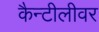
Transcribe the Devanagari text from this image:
कैन्टीलीवर